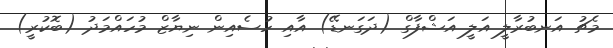
މެޗު އަނބުރާލީ އަލީ އަޝްފާގް (ދަގަނޑޭ) އާއި ހުސެއިން ނިޔާޒް މުހައްމަދު (ބޮކުރީ)